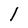
Character: l